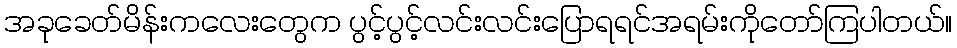
အခုခေတ်မိန်းကလေးတွေက ပွင့်ပွင့်လင်းလင်းပြောရရင်အရမ်းကိုတော်ကြပါတယ်။